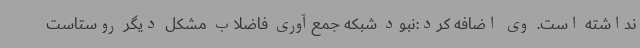
نداشته است. وی اضافه کرد:نبود شبکه جمع‌آوری فاضلاب مشکل دیگر روستاست